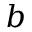
b